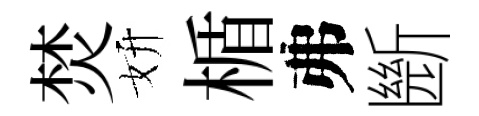
焚妍楯弗㫁